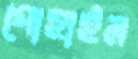
গোহাইল